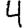
Digit: 4